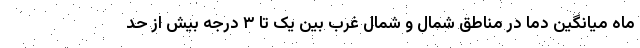
ماه میانگین دما در مناطق شمال و شمال غرب بین یک تا ۳ درجه بیش از حد